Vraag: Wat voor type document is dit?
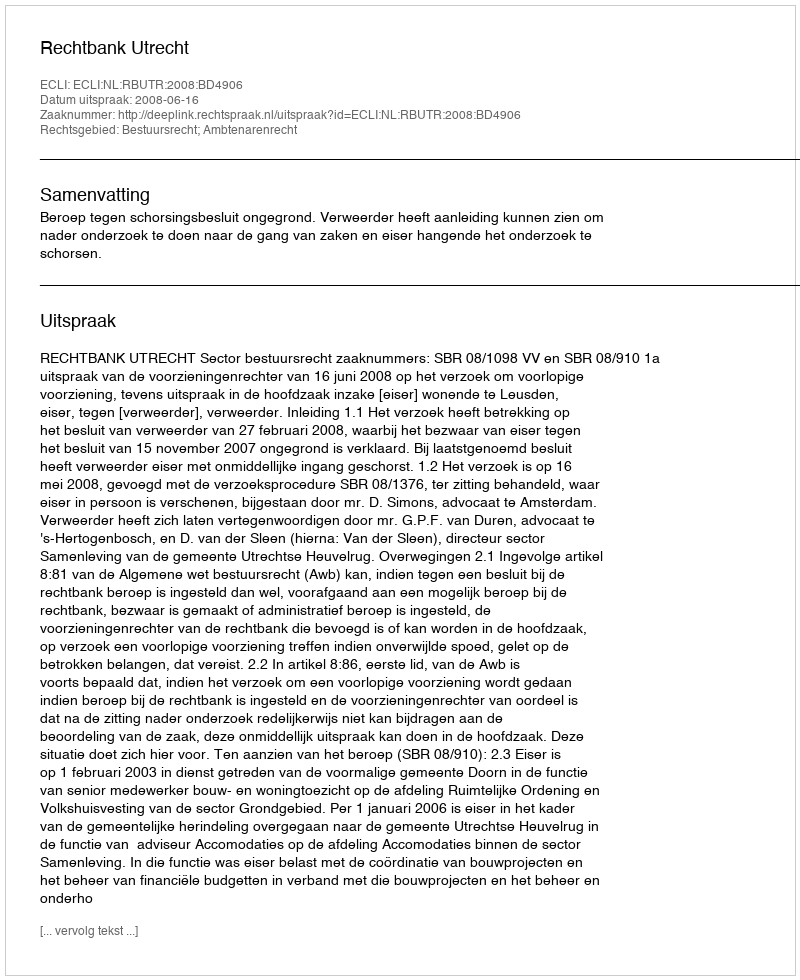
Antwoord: Uitspraak